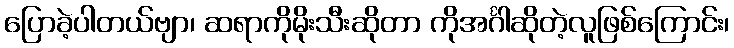
ပြောခဲ့ပါတယ်ဗျာ၊ ဆရာကိုမိုးသီးဆိုတာ ကိုအင်္ဂါဆိုတဲ့လူဖြစ်ကြောင်း၊